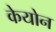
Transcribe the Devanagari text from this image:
केयोन